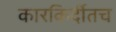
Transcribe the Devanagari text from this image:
कारकिर्दीतच